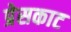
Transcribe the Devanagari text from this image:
प्रेसकाट